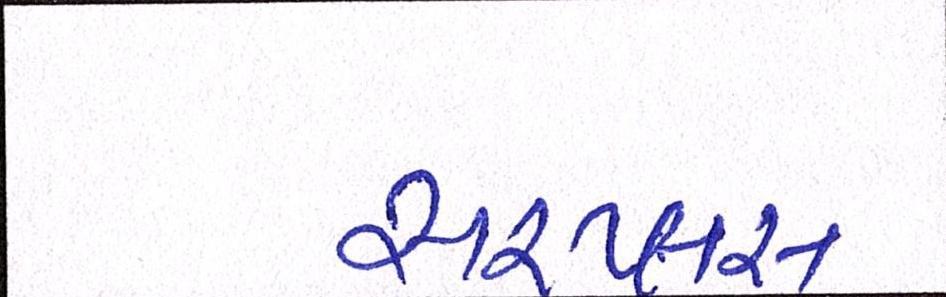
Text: સરપ્લસ